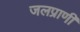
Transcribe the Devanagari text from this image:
जलप्राणी